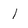
Character: l